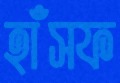
হাঁসফ